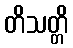
တိသတ္တိ